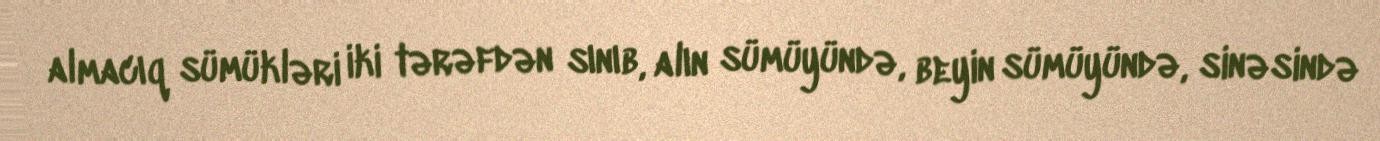
almacıq sümükləri iki tərəfdən sınıb, alın sümüyündə, beyin sümüyündə, sinəsində